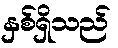
နှစ်ရှိသည်